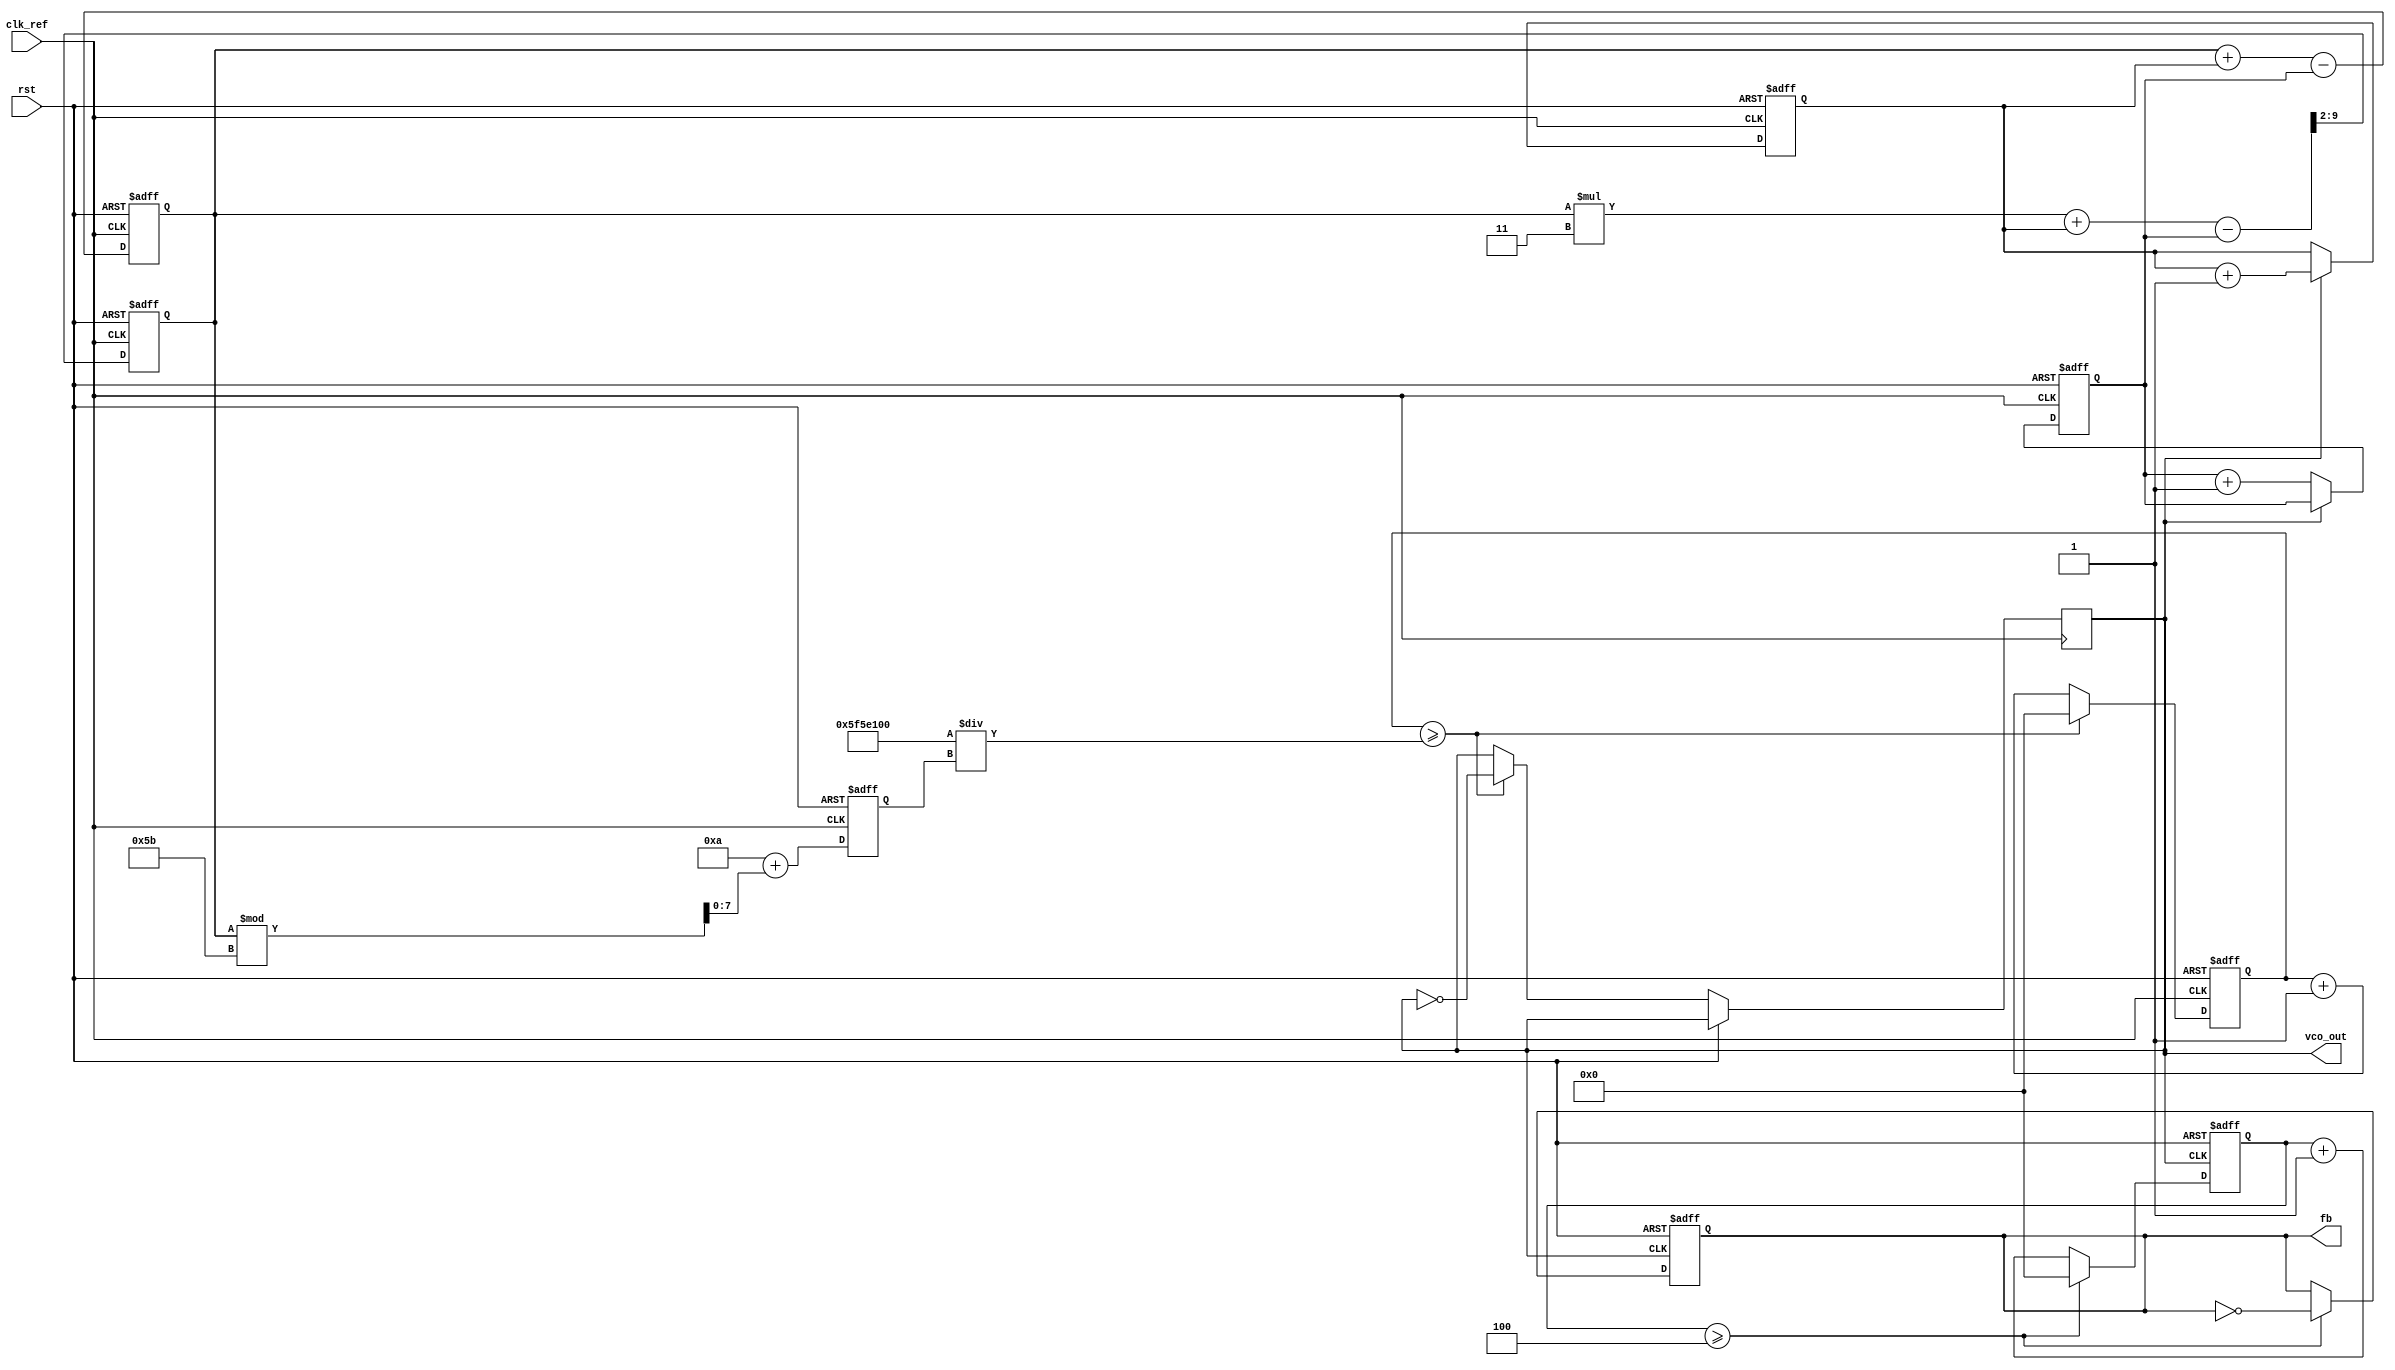
module cp_pll (
    input wire clk_ref,       // Reference clock input
    input wire rst,           // Reset signal
    output wire vco_out,      // VCO output clock
    output wire fb            // Feedback output
);

    // Parameters
    parameter UP_WIDTH = 2;   // Width of UP signal
    parameter DOWN_WIDTH = 2; // Width of DOWN signal
    parameter VCO_MAX_FREQ = 100; // Maximum VCO frequency
    parameter VCO_MIN_FREQ = 10;  // Minimum VCO frequency
    parameter DIV_RATIO = 4;  // Feedback divider ratio

    // Internal signals
    reg [UP_WIDTH-1:0] up_signal;
    reg [DOWN_WIDTH-1:0] down_signal;
    reg [7:0] control_voltage; // Control voltage for VCO
    reg [7:0] vco_frequency;    // Current VCO frequency
    reg [31:0] counter;         // Counter for VCO output generation
    reg [31:0] fb_counter;      // Feedback counter

    // Phase Detector
    always @(posedge clk_ref or posedge rst) begin
        if (rst) begin
            up_signal <= 0;
            down_signal <= 0;
        end else begin
            // Simple phase detection logic (for demonstration)
            if (vco_out) begin
                up_signal <= up_signal + 1; // VCO is ahead
            end else begin
                down_signal <= down_signal + 1; // VCO is behind
            end
        end
    end

    // Charge Pump
    always @(posedge clk_ref or posedge rst) begin
        if (rst) begin
            control_voltage <= 0;
        end else begin
            control_voltage <= control_voltage + up_signal - down_signal; // Adjust control voltage
        end
    end

    // Loop Filter (simple first-order)
    always @(posedge clk_ref or posedge rst) begin
        if (rst) begin
            control_voltage <= 0;
        end else begin
            // Simple RC filter approximation
            control_voltage <= (control_voltage * 3 + up_signal - down_signal) >> 2; // Smoothing
        end
    end

    // Voltage-Controlled Oscillator (VCO)
    always @(posedge clk_ref or posedge rst) begin
        if (rst) begin
            vco_frequency <= VCO_MIN_FREQ; // Start at minimum frequency
            counter <= 0;
        end else begin
            // Control VCO frequency based on control voltage
            vco_frequency <= VCO_MIN_FREQ + control_voltage % (VCO_MAX_FREQ - VCO_MIN_FREQ + 1);
            counter <= counter + 1;

            // Generate VCO output clock
            if (counter >= (100000000 / vco_frequency)) begin
                vco_out <= ~vco_out; // Toggle VCO output
                counter <= 0;
            end
        end
    end

    // Feedback Divider
    always @(posedge vco_out or posedge rst) begin
        if (rst) begin
            fb_counter <= 0;
            fb <= 0;
        end else begin
            fb_counter <= fb_counter + 1;
            if (fb_counter >= DIV_RATIO) begin
                fb <= ~fb; // Feedback output
                fb_counter <= 0;
            end
        end
    end

endmodule